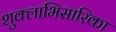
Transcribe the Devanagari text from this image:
शुक्लाभिसारिका